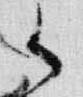
御